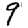
Digit: 9